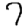
Digit: 7